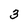
Character: 3